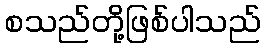
စသည်တို့ဖြစ်ပါသည်